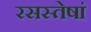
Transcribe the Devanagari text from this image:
रसस्तेषां